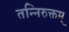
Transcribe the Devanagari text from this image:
तन्निरुक्तम्